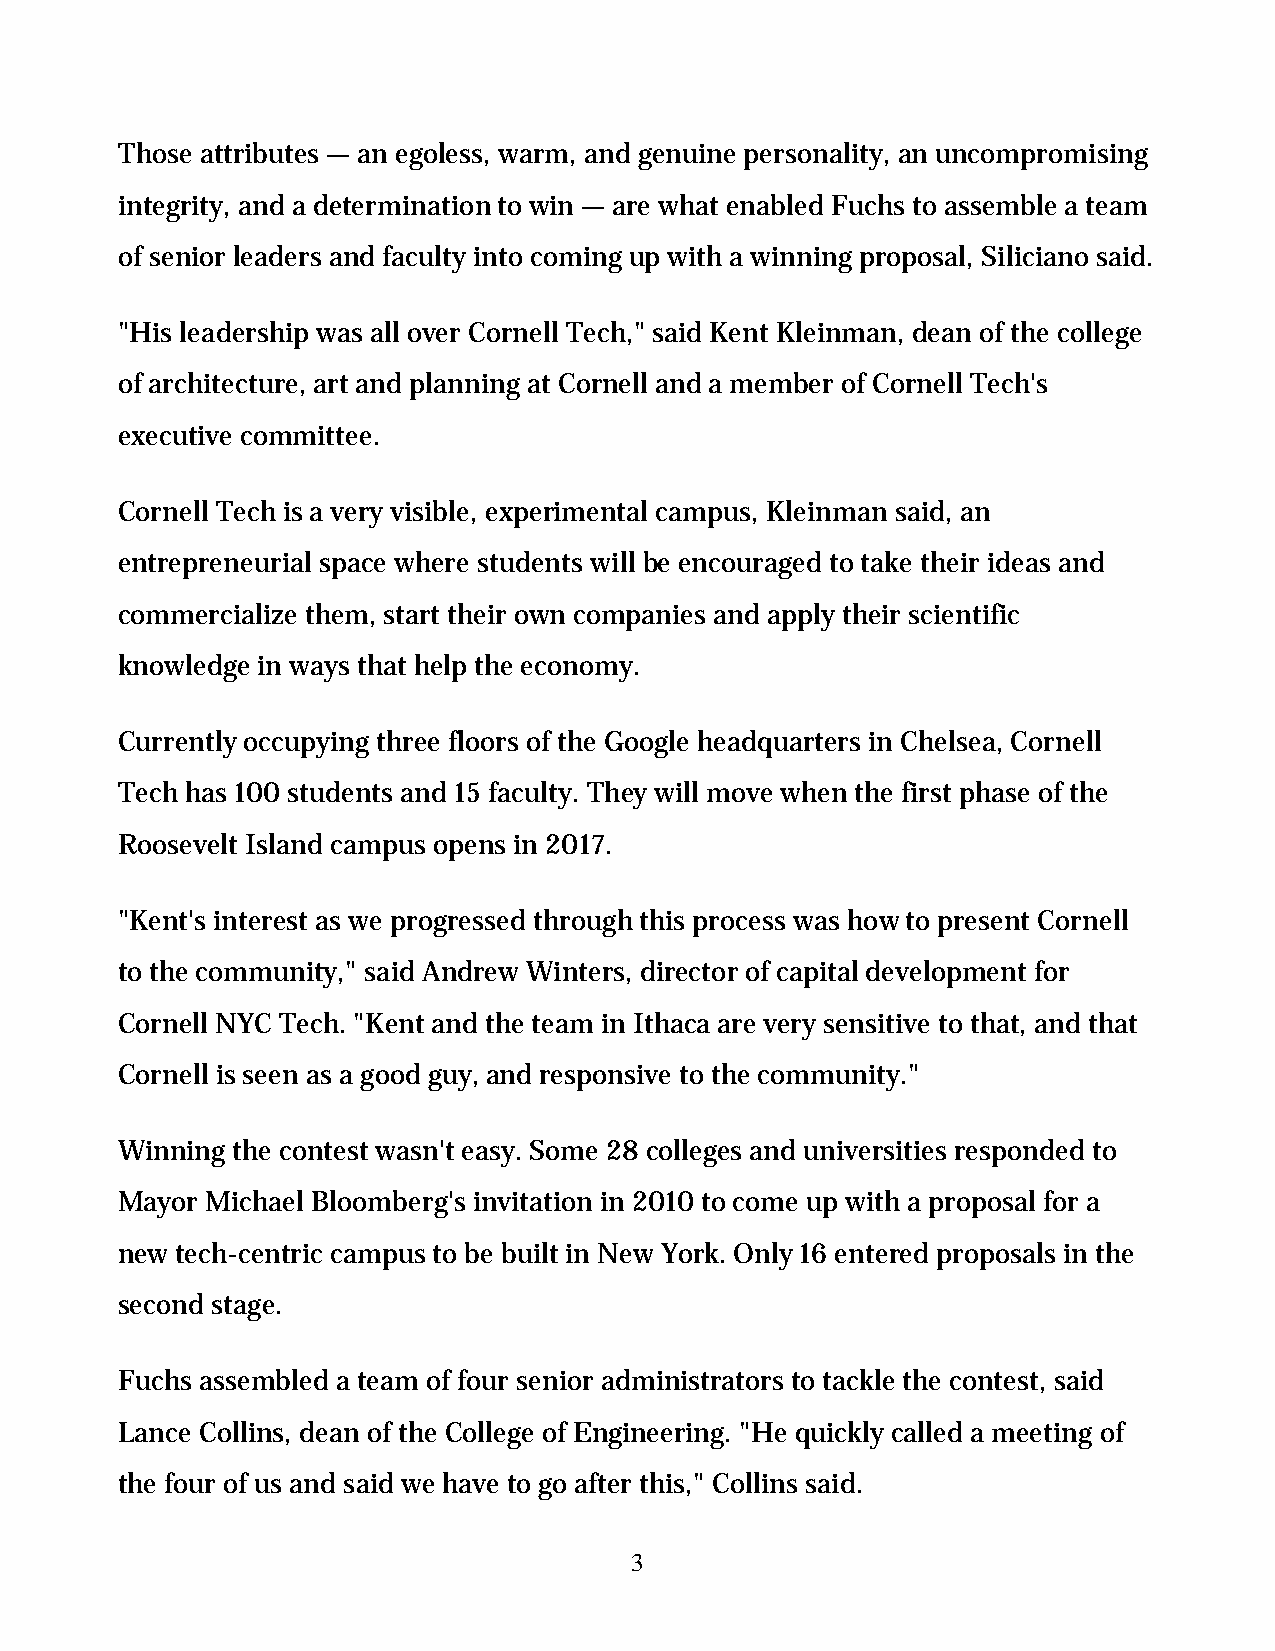
Those attributes — an egoless, warm, and genuine personality, an uncompromising
 integrity, and a determination to win — are what enabled Fuchs to assemble a team
 of senior leaders and faculty into coming up with a winning proposal, Siliciano said.
 "His leadership was all over Cornell Tech," said Kent Kleinman, dean of the college
 of architecture, art and planning at Cornell and a member of Cornell Tech's
 executive committee.
 Cornell Tech is a very visible, experimental campus, Kleinman said, an
 entrepreneurial space where students will be encouraged to take their ideas and
 commercialize them, start their own companies and apply their scientific
 knowledge in ways that help the economy.
 Currently occupying three floors of the Google headquarters in Chelsea, Cornell
 Tech has 100 students and 15 faculty. They will move when the first phase of the
 Roosevelt Island campus opens in 2017.
 "Kent's interest as we progressed through this process was how to present Cornell
 to the community," said Andrew Winters, director of capital development for
 Cornell NYC Tech. "Kent and the team in Ithaca are very sensitive to that, and that
 Cornell is seen as a good guy, and responsive to the community."
 Winning the contest wasn't easy. Some 28 colleges and universities responded to
 Mayor Michael Bloomberg's invitation in 2010 to come up with a proposal for a
 new tech-centric campus to be built in New York. Only 16 entered proposals in the
 second stage.
 Fuchs assembled a team of four senior administrators to tackle the contest, said
 Lance Collins, dean of the College of Engineering. "He quickly called a meeting of
 the four of us and said we have to go after this," Collins said.
 3